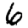
Digit: 6